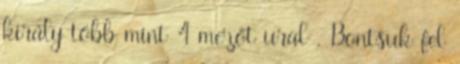
király több mint 4 mezőt ural . Bontsuk fel